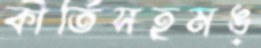
কীর্তিসহমঙ্